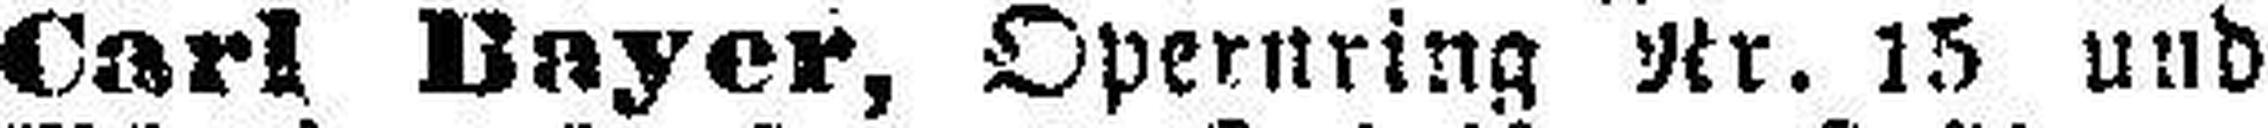
Carl Bayer, Opernring Nr. 15 und